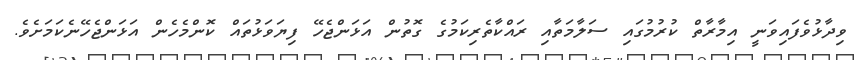
ވިދާޅުވެފައިވަނީ އިމާރާތް ކުރުމުގައި ސަލާމަތާއި ރައްކާތެރިކަމުގެ ގޮތުން އަޅަންޖެހޭ ފިޔަވަޅުތައް ކޮންމެހެން އަޅަންޖެހޭނެކަމަށެވެ.